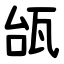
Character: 瓵